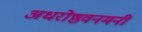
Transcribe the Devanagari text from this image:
अधरोष्ठवनमनी